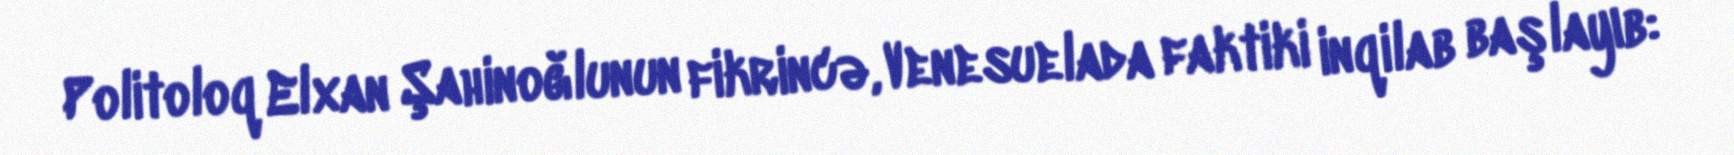
Politoloq Elxan Şahinoğlunun fikrincə, Venesuelada faktiki inqilab başlayıb: